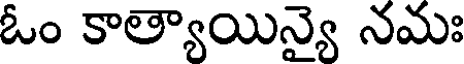
ఓం కాత్యాయిన్యై నమః